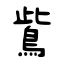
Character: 鴜